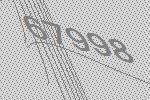
67998